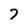
Character: 7